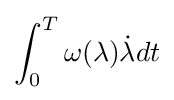
\int _{0}^{T}\omega (\lambda ){\dot {\lambda }}dt